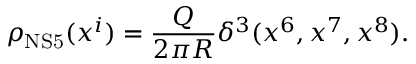
\rho _ { \mathrm { N S 5 } } ( x ^ { i } ) = \frac { Q } { 2 \pi R } \delta ^ { 3 } ( x ^ { 6 } , x ^ { 7 } , x ^ { 8 } ) .